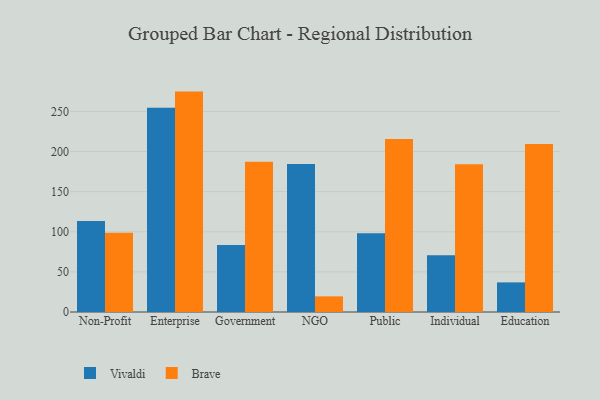
{"axis": {"x": "Segment", "y": "Backlog"}, "legend": ["Brave", "Vivaldi"], "data": [{"x": "Non-Profit", "y": 113.5, "type": "Vivaldi"}, {"x": "Non-Profit", "y": 98.8, "type": "Brave"}, {"x": "Enterprise", "y": 254.7, "type": "Vivaldi"}, {"x": "Enterprise", "y": 274.7, "type": "Brave"}, {"x": "Government", "y": 83.5, "type": "Vivaldi"}, {"x": "Government", "y": 187.4, "type": "Brave"}, {"x": "NGO", "y": 184.5, "type": "Vivaldi"}, {"x": "NGO", "y": 19.5, "type": "Brave"}, {"x": "Public", "y": 98.1, "type": "Vivaldi"}, {"x": "Public", "y": 215.6, "type": "Brave"}, {"x": "Individual", "y": 70.8, "type": "Vivaldi"}, {"x": "Individual", "y": 184.0, "type": "Brave"}, {"x": "Education", "y": 36.9, "type": "Vivaldi"}, {"x": "Education", "y": 209.4, "type": "Brave"}]}